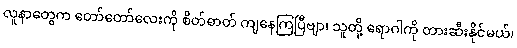
လူနာတွေက တော်တော်လေးကို စိတ်ဓာတ် ကျနေကြပြီဗျာ၊ သူတို့ ရောဂါကို တားဆီးနိုင်မယ်၊